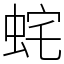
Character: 䖳